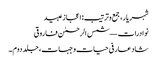
شہر یار، جمع و ترتیب: اعجاز عبید
نوادرات — شمس الرحمٰن فاروقی
شاد عارفی حیات و جہات، جلد دوم ۔